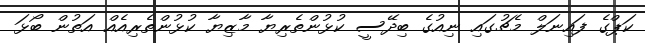
ކަޕްގެ ފައިނަލް މެޗުގައި ނިއުގެ ބިދޭސީ ކުޅުންތެރިޔާ މާޒިޔާ ކުޅުންތެރިއެއް އަތުން ބޯޅަ